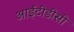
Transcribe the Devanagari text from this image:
आईटीडीसी